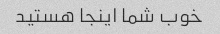
خوب شما اینجا هستید